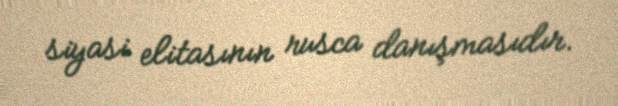
siyasi elitasının rusca danışmasıdır.